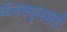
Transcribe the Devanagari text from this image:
कॅलक्युलसची